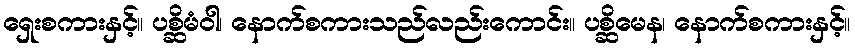
ရှေးစကားနှင့်။ ပစ္ဆိမံဝါ၊ နောက်စကားသည်လည်းကောင်း။ ပစ္ဆိမေန၊ နောက်စကားနှင့်။